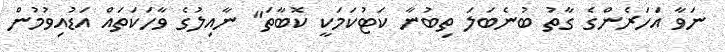
ނަވާ އަހަރެންގެ ގާތު ބުނެބަލަ ތިބުނާ ކަޓުކަމަކީ ކޮބާތަ" ނާއިލުގެ ވާހަކަތައް އަޑުއިވުމުން